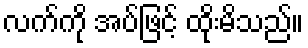
လက်ကို အပ်ဖြင့် ထိုးမိသည်။